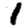
Digit: 1